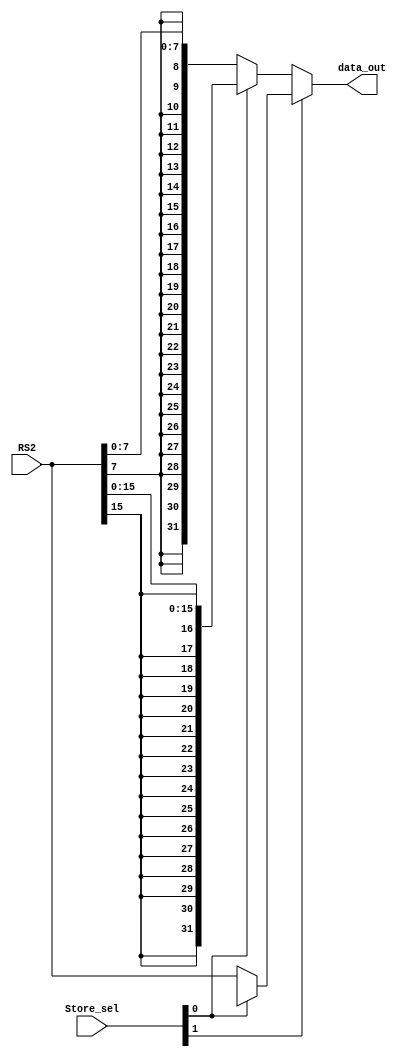
`timescale 1ns / 1ps
//////////////////////////////////////////////////////////////////////////////////
// Company: 
// Engineer: 
// 
// Design Name: 
// Module Name: store_mux
// Project Name: 
// Target Devices: 
// Tool Versions: 
// Description: 
// 
// Dependencies: 
// 
// Revision:
// Revision 0.01 - File Created
// Additional Comments:
// 
//////////////////////////////////////////////////////////////////////////////////


module store_mux(RS2,Store_sel,data_out);
input [31:0] RS2;
input [1:0] Store_sel;
output [31:0] data_out;
wire [7:0] i0;
wire [15:0] i1;    // connect lower two bits of funct3 to Store_sel
wire [31:0] i2;
assign i0 = RS2[7:0];
assign i1 = RS2[15:0];
assign i2 = RS2[31:0];
assign data_out = Store_sel[1] ? (Store_sel[0] ? 32'bx:i2 ) :( Store_sel[0] ? {{16{i1[15]}},i1}:{{24{i0[7]}},i0});

endmodule